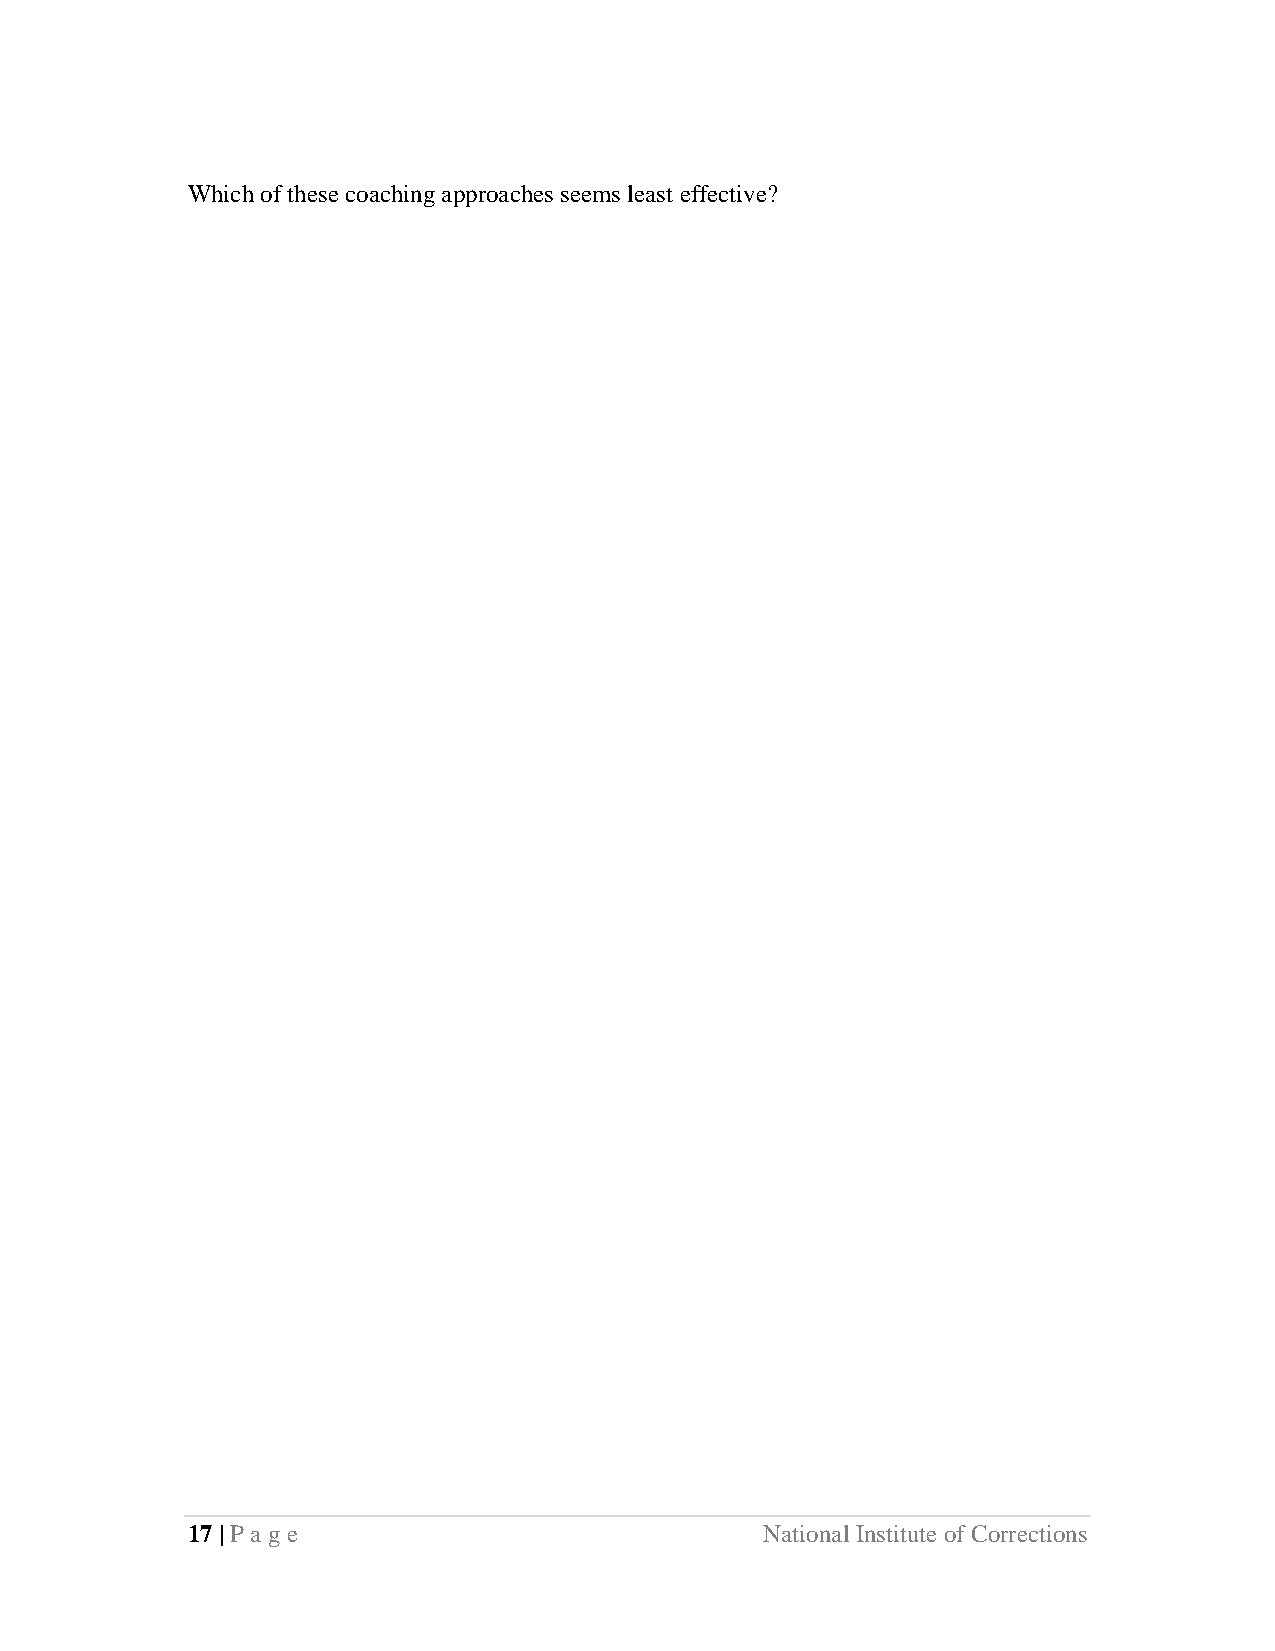
Which of these coaching approaches seems least effective?
 17 | Page                              National Institute of Corrections